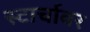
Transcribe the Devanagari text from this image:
स्टार्चावर